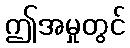
ဤအမှုတွင်